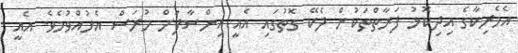
އެމެރިކާގެ އިދިކޮޅު ފަރާތްތަކުން ދެކޭ ގޮތުގައި އެއީ އިންސާފަށް ހުރަސް އެޅުއްވުމެވެ. އެއީ